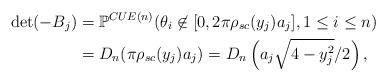
LaTeX: \begin{align*}\det(-B_j)&=\mathbb{P}^{CUE(n)}(\theta_i\not\in [0,2\pi\rho_{sc}(y_j)a_j],1\leq i\leq n)\\ &=D_n(\pi\rho_{sc}(y_j)a_j)=D_n\left(a_j\sqrt{4-y_j^2}/2\right),\end{align*}